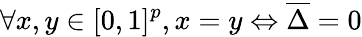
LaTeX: \forall x,y\in[0,1]^{p},x=y\Leftrightarrow\overline{{\Delta}}=0